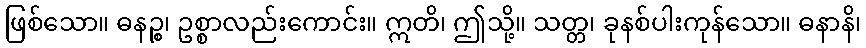
ဖြစ်သော။ ဓနဉ္စ၊ ဥစ္စာလည်းကောင်း။ ဣတိ၊ ဤသို့။ သတ္တ၊ ခုနစ်ပါးကုန်သော။ ဓနာနိ၊